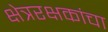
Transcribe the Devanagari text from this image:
क्षेत्ररक्षकांचा